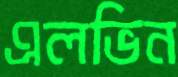
এলভিন